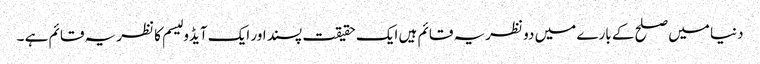
دنیا میں صلح کے بارے میں دو نظریہ قائم ہیں ایک حقیقت پسند اور ایک آیڈو لیسم کا نظریہ قائم ہے ۔